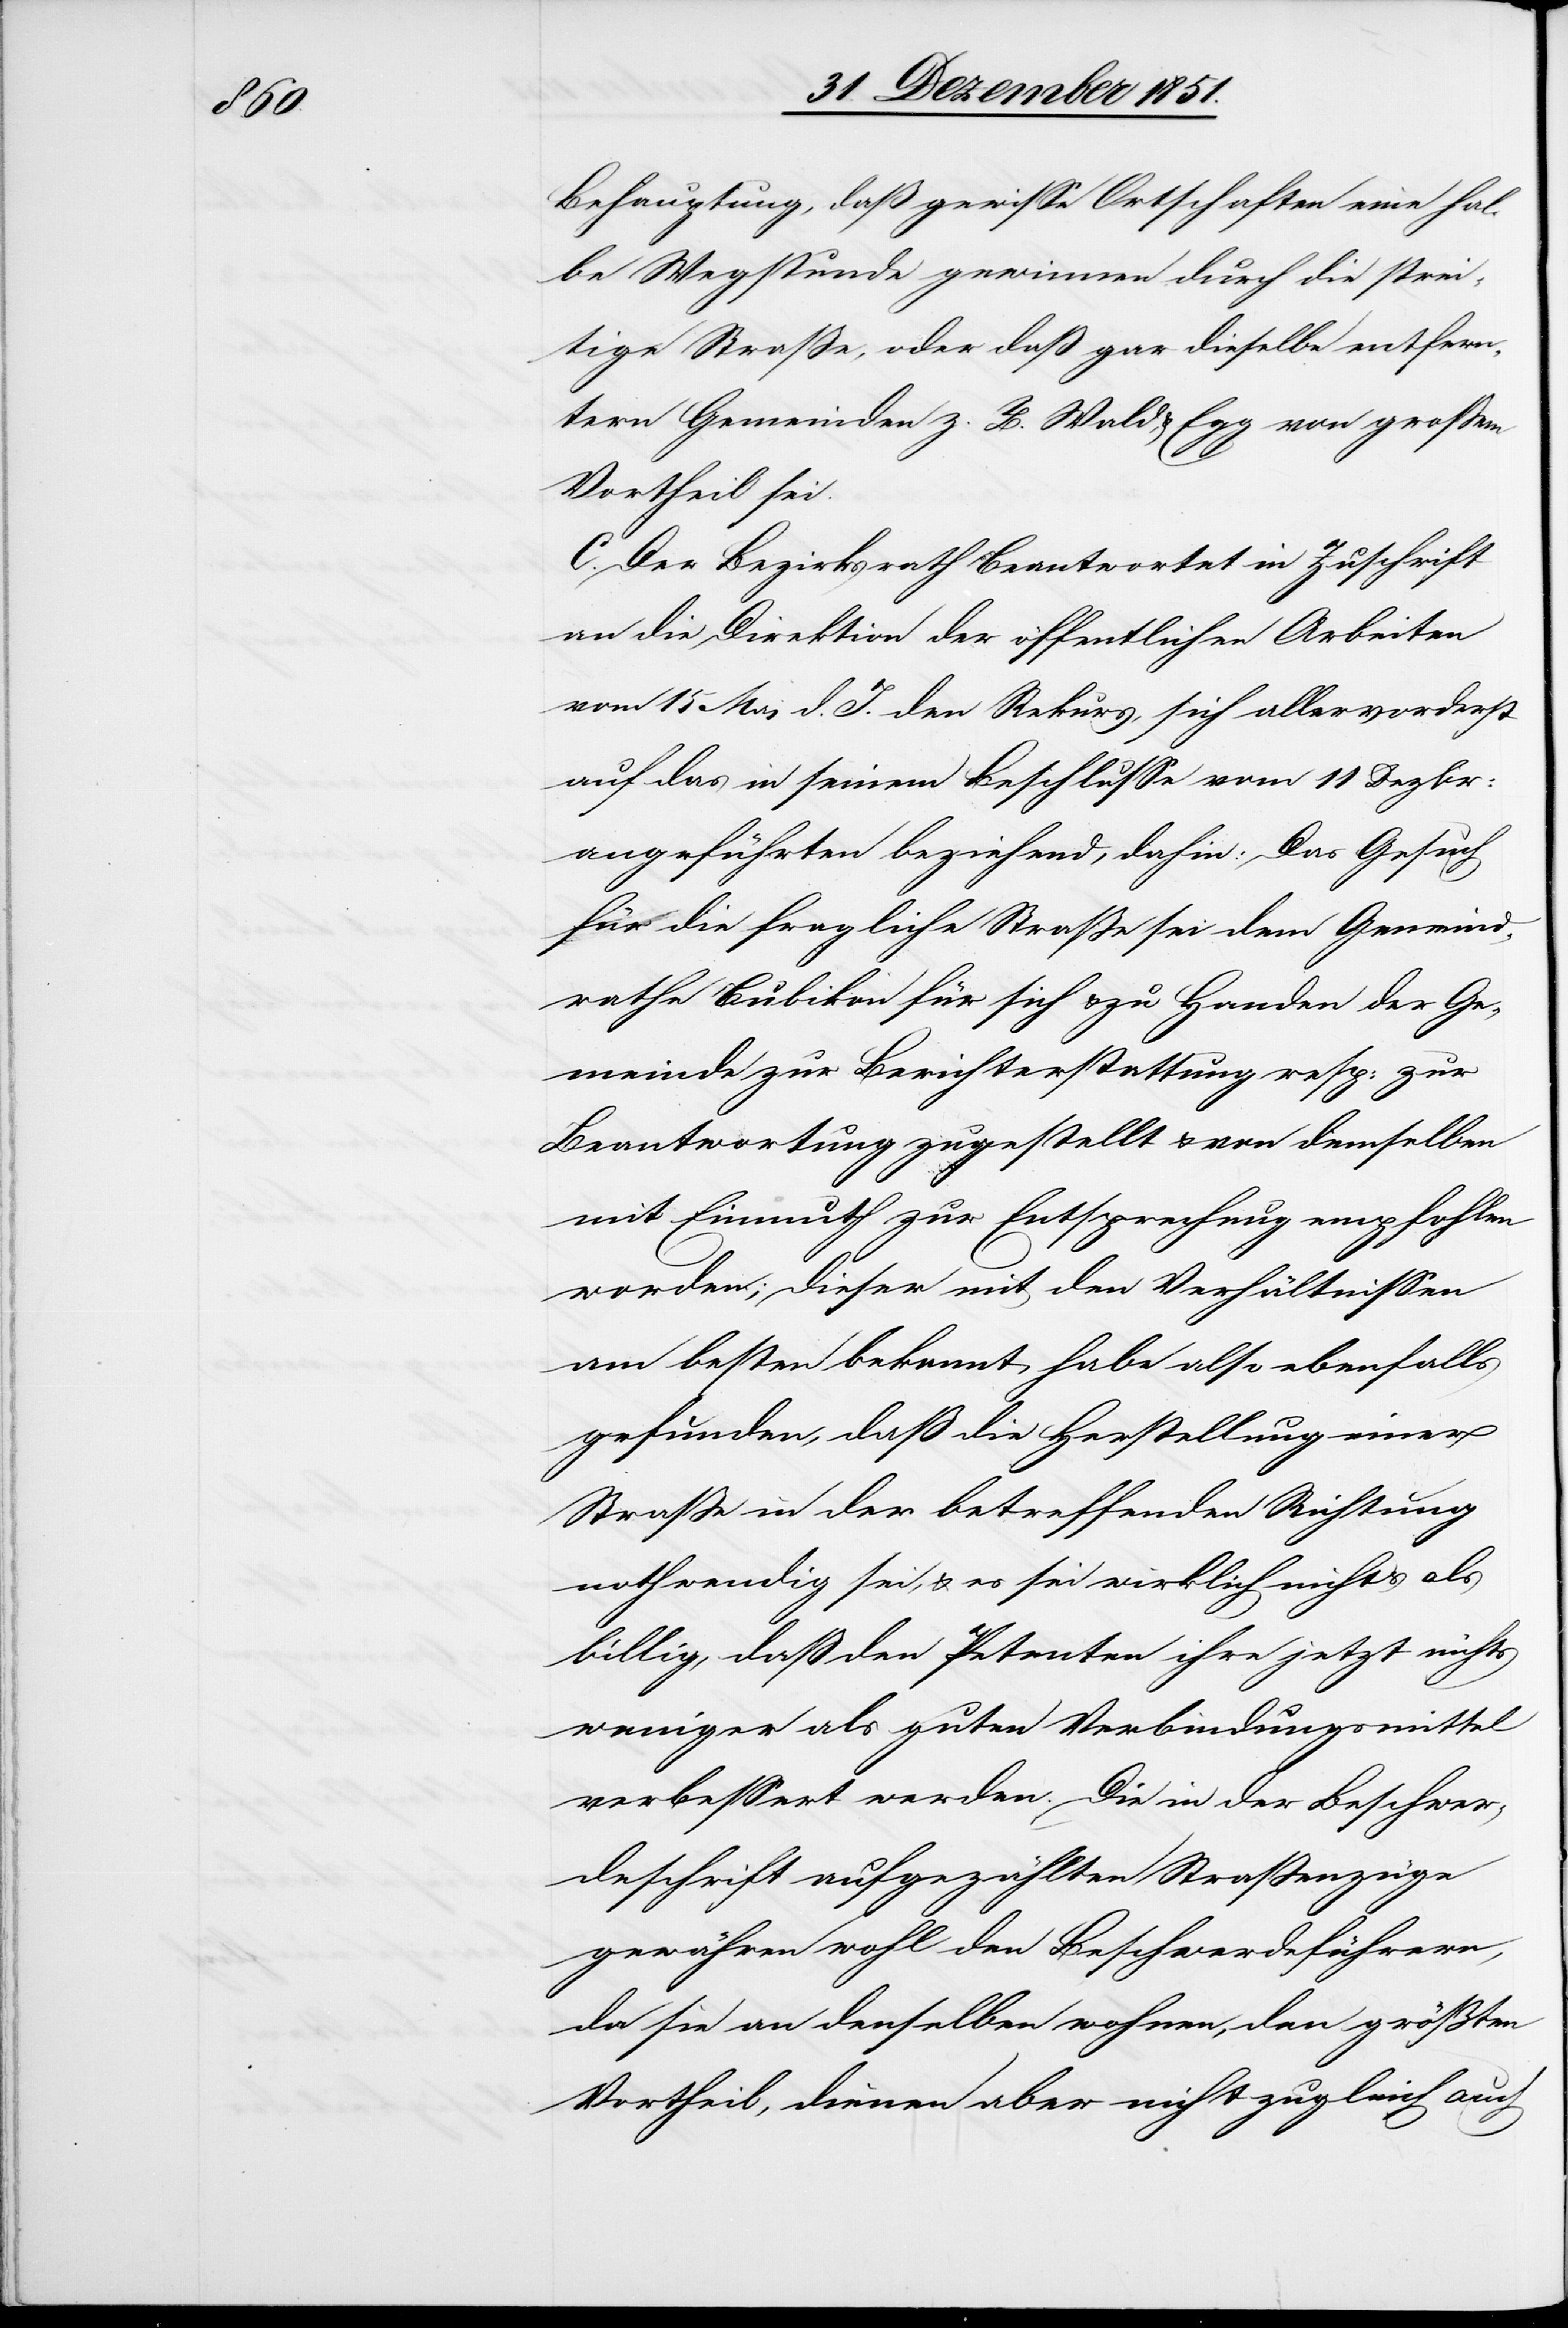
Behauptung, daß gewisse Ortschaften eine hal¬
be Wegstunde gewinnen durch die strei¬
tige Straße, oder daß gar dieselbe entfern¬
tern Gemeinden z. B. Wald, & Egg von großem
Vortheil sei.
C. Der Bezirksrath beantwortet in Zuschrift
an die Direktion der öffentlichen Arbeiten
vom 15 Mai d. J. den Rekurs, sich allervorderst
auf das in seinem Beschlusse vom 11 Dezbr:
angeführten beziehend, dahin: Das Gesuch
für die fragliche Straße sei dem Gemeind¬
rathe Bubikon für sich & zu Handen der Ge¬
meinde zur Berichterstattung resp: zur
Beantwortung zugestellt & von demselben
mit Einmuth zur Entsprechung empfohlen
worden; dieser mit den Verhältnissen
am besten bekannt, habe also ebenfalls
gefunden, daß die Herstellung einer
Straße in der betreffenden Richtung
nothwendig sei, & es sei wirklich nichts als
billig, daß den Petenten ihre jetzt nichts
weniger als guten Verbindungsmittel
verbessert werden. Die in der Beschwer¬
deschrift aufgezählten Straßenzüge
gewähren wohl den Beschwerdeführern,
da sie an denselben wohnen, den größten
Vortheil, dienen aber nicht zugleich auch